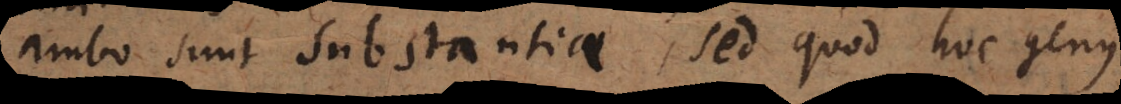
ambo sunt substantiae, sed quod hoc genus